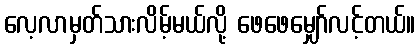
လေ့လာမှတ်သားလိမ့်မယ်လို့ ဖေဖေမျှော်လင့်တယ်။